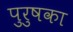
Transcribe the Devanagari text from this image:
पुरुषका